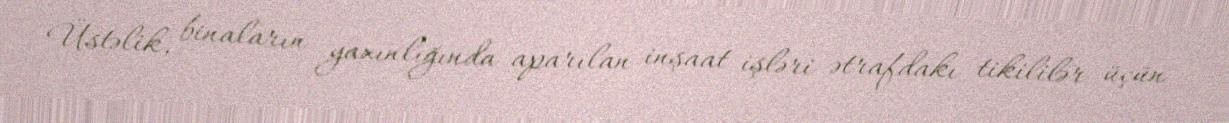
Üstəlik, binaların yaxınlığında aparılan inşaat işləri ətrafdakı tikililər üçün